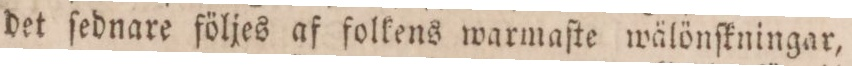
det ſednare följes af folkens warmaſte wälönſkningar,